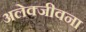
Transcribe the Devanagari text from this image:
अलेक्जीवना